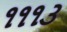
૧૧૧૩